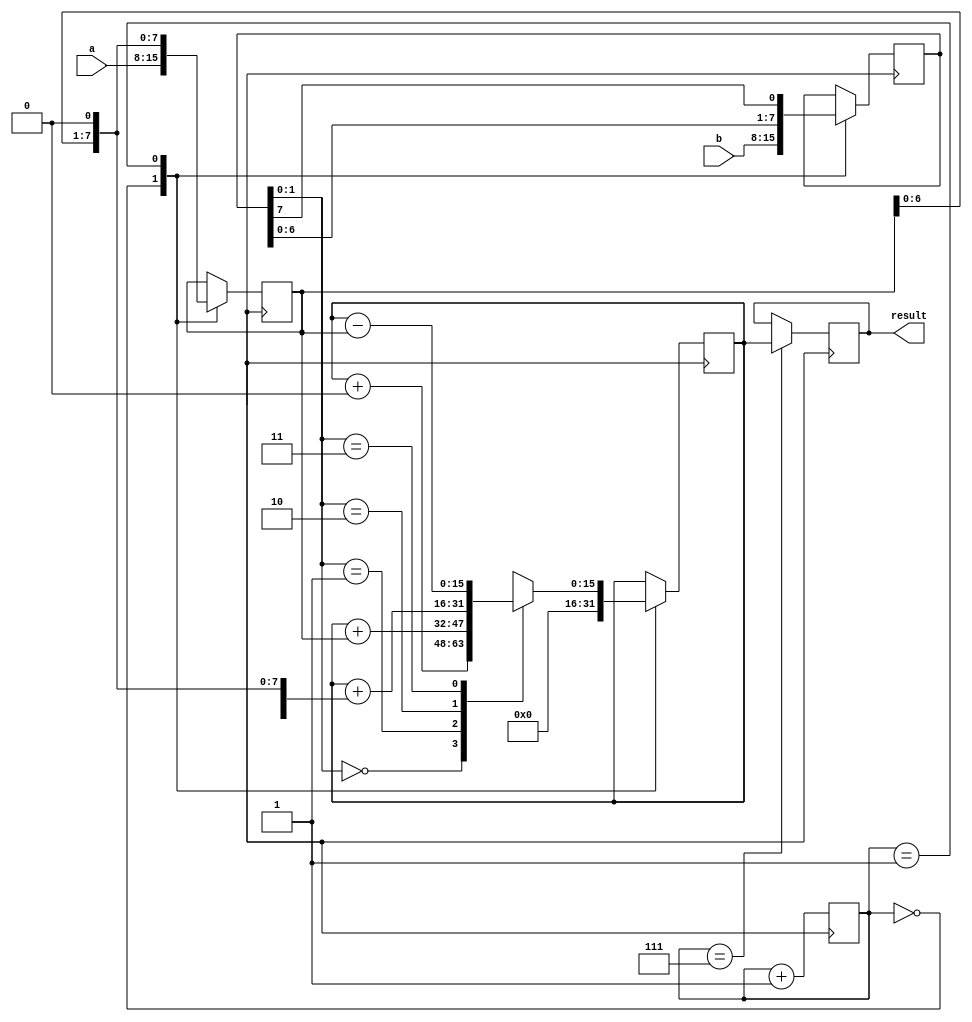
module SequentialBoothMultiplier(
  input [7:0] a,
  input [7:0] b,
  output reg [15:0] result
);

reg [7:0] multiplier;
reg [7:0] multiplicand;
reg [15:0] partial_product;
reg [3:0] stage;

always @(posedge clock) begin
  case(stage)
    0: begin
      multiplier <= a;
      multiplicand <= b;
      partial_product <= 0;
    end
    1: begin
      case({multiplicand[1], multiplicand[0]})
        2'b00: partial_product <= partial_product + 0;
        2'b01: partial_product <= partial_product + (multiplier << 0);
        2'b10: partial_product <= partial_product + (multiplier << 1);
        2'b11: partial_product <= partial_product - (multiplier << 0);
      endcase
      multiplier <= multiplier << 1;
      multiplicand <= {multiplicand[6:0], multiplicand[7]};
    end
    // Repeat stages 2 through 7 as necessary
    // Accumulate partial products in each stage
    7: result <= partial_product;
  endcase
  stage <= stage + 1;
end

endmodule